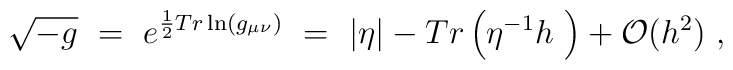
\sqrt {-g}~=~e^{\frac{1}{2} Tr \ln (g_{\mu \nu})}~=~|\eta| - Tr \left(\eta^{-1} h~\right) + {\cal O}(h^2)~,